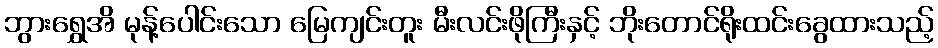
ဘွားရွှေအိ မုန့်ပေါင်းသော မြေကျင်းတူး မီးလင်းဖိုကြီးနှင့် ဘိုးတောင်ရိုးထင်းခွေထားသည့်